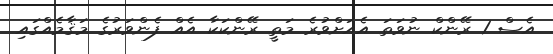
އެސް 1 ރޭންކް ނުވަތަ އެއަށްވުރެ މަތީ ރޭންކަކާ އެއް ފެންވަރުގެ މަޤާމެއްގައި